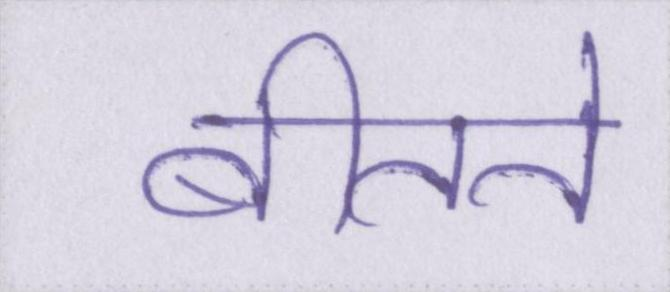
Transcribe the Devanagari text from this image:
बीतते